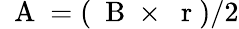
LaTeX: \mathrm{~\mathbf~A~}=(\mathrm{~\mathbf~B~}\times\mathrm{~\mathbf~r~})/2